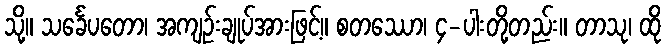
သို့။ သင်္ခေပတော၊ အကျဉ်းချုပ်အားဖြင့်။ စတဿော၊ ၄-ပါးတို့တည်း။ တာသု၊ ထို